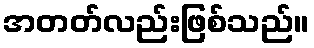
အတတ်လည်းဖြစ်သည်။